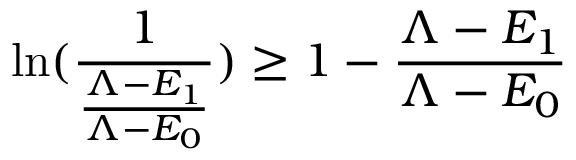
{ \ln ( \frac { 1 } { \frac { \Lambda - E _ { 1 } } { \Lambda - E _ { 0 } } } ) \geq 1 - \frac { \Lambda - E _ { 1 } } { \Lambda - E _ { 0 } } }